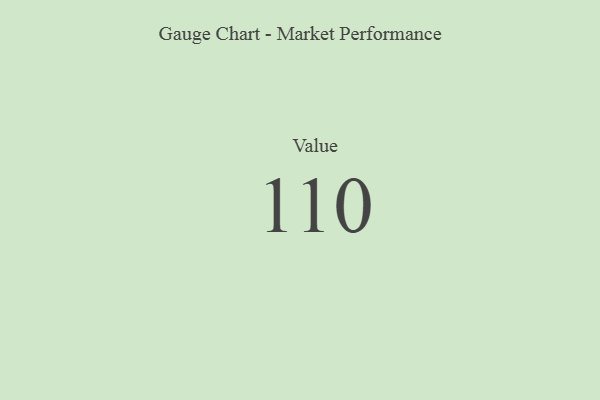
{"axis": {"x": "Metric", "y": "Value"}, "legend": [""], "data": [{"x": "Value", "y": 110, "type": ""}]}